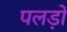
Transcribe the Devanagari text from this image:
पलड़ों